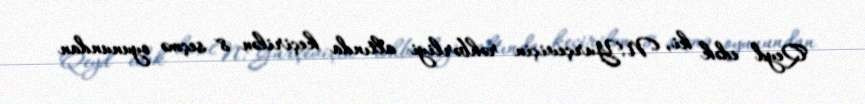
Qeyd edək ki, N.Yurçeviçin rəhbərliyi altında keçirilən 8 seçmə oyunundan